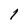
Character: l